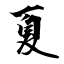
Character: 夏